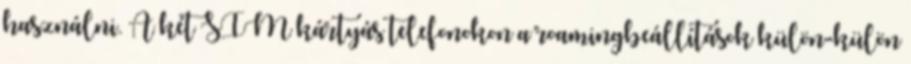
használni. A két SIM kártyás telefonokon a roamingbeállítások külön-külön